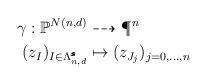
LaTeX: \begin{align*}\gamma: \mathbb{P}^{N(n,d)}&\dasharrow \P^{n}\\(z_I)_{I\in \Lambda_{n,d}^{\pmb{s}}}&\mapsto (z_{J_j})_{j=0,\dots,n}\end{align*}